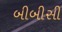
બીબીસી